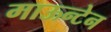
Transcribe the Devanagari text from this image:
माऊन्टेन